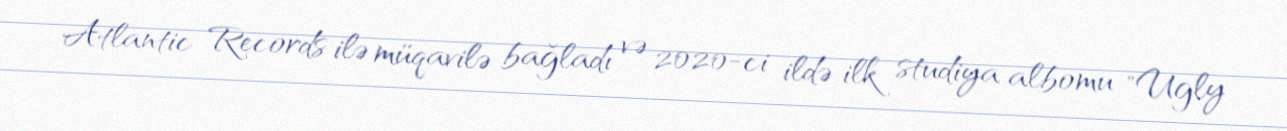
Atlantic Records ilə müqavilə bağladı və 2020-ci ildə ilk studiya albomu "Ugly